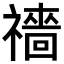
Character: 𥜎